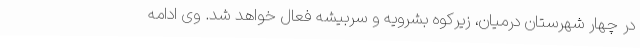
در چهار شهرستان درمیان، زیرکوه بشرویه و سربیشه فعال خواهد شد. وی ادامه